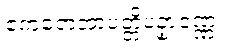
ဧကတေအာပတ္တိပဥှာဝဏ္ဏ။